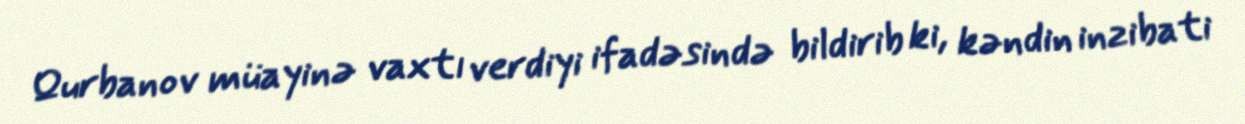
Qurbanov müayinə vaxtı verdiyi ifadəsində bildirib ki, kəndin inzibati